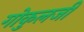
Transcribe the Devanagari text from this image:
गोकुलजी